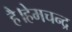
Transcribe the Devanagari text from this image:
है।हेमचन्द्र